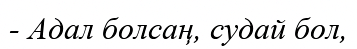
- Адал болсаң, судай бол,